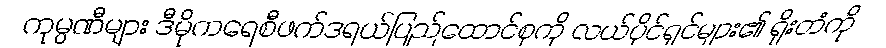
ကုမ္ပဏီများ ဒီမိုကရေစီဖက်ဒရယ်ပြည်ထောင်စုကို လယ်ပိုင်ရှင်များ၏ ရိုးတံကို